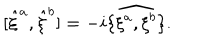
LaTeX: [ { \hat { \xi } } ^ { a } , { \hat { \xi } } ^ { b } ] = - i \widehat { \{ \xi ^ { a } , \xi ^ { b } \} } .